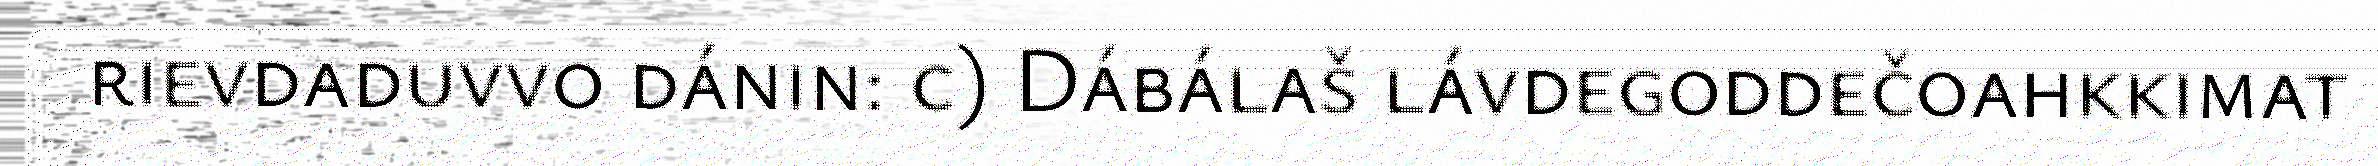
rievdaduvvo dánin: c) Dábálaš lávdegoddečoahkkimat